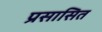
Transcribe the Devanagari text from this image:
प्रसासित